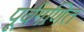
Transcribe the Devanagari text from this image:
पूर्वगणित